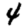
Digit: 4